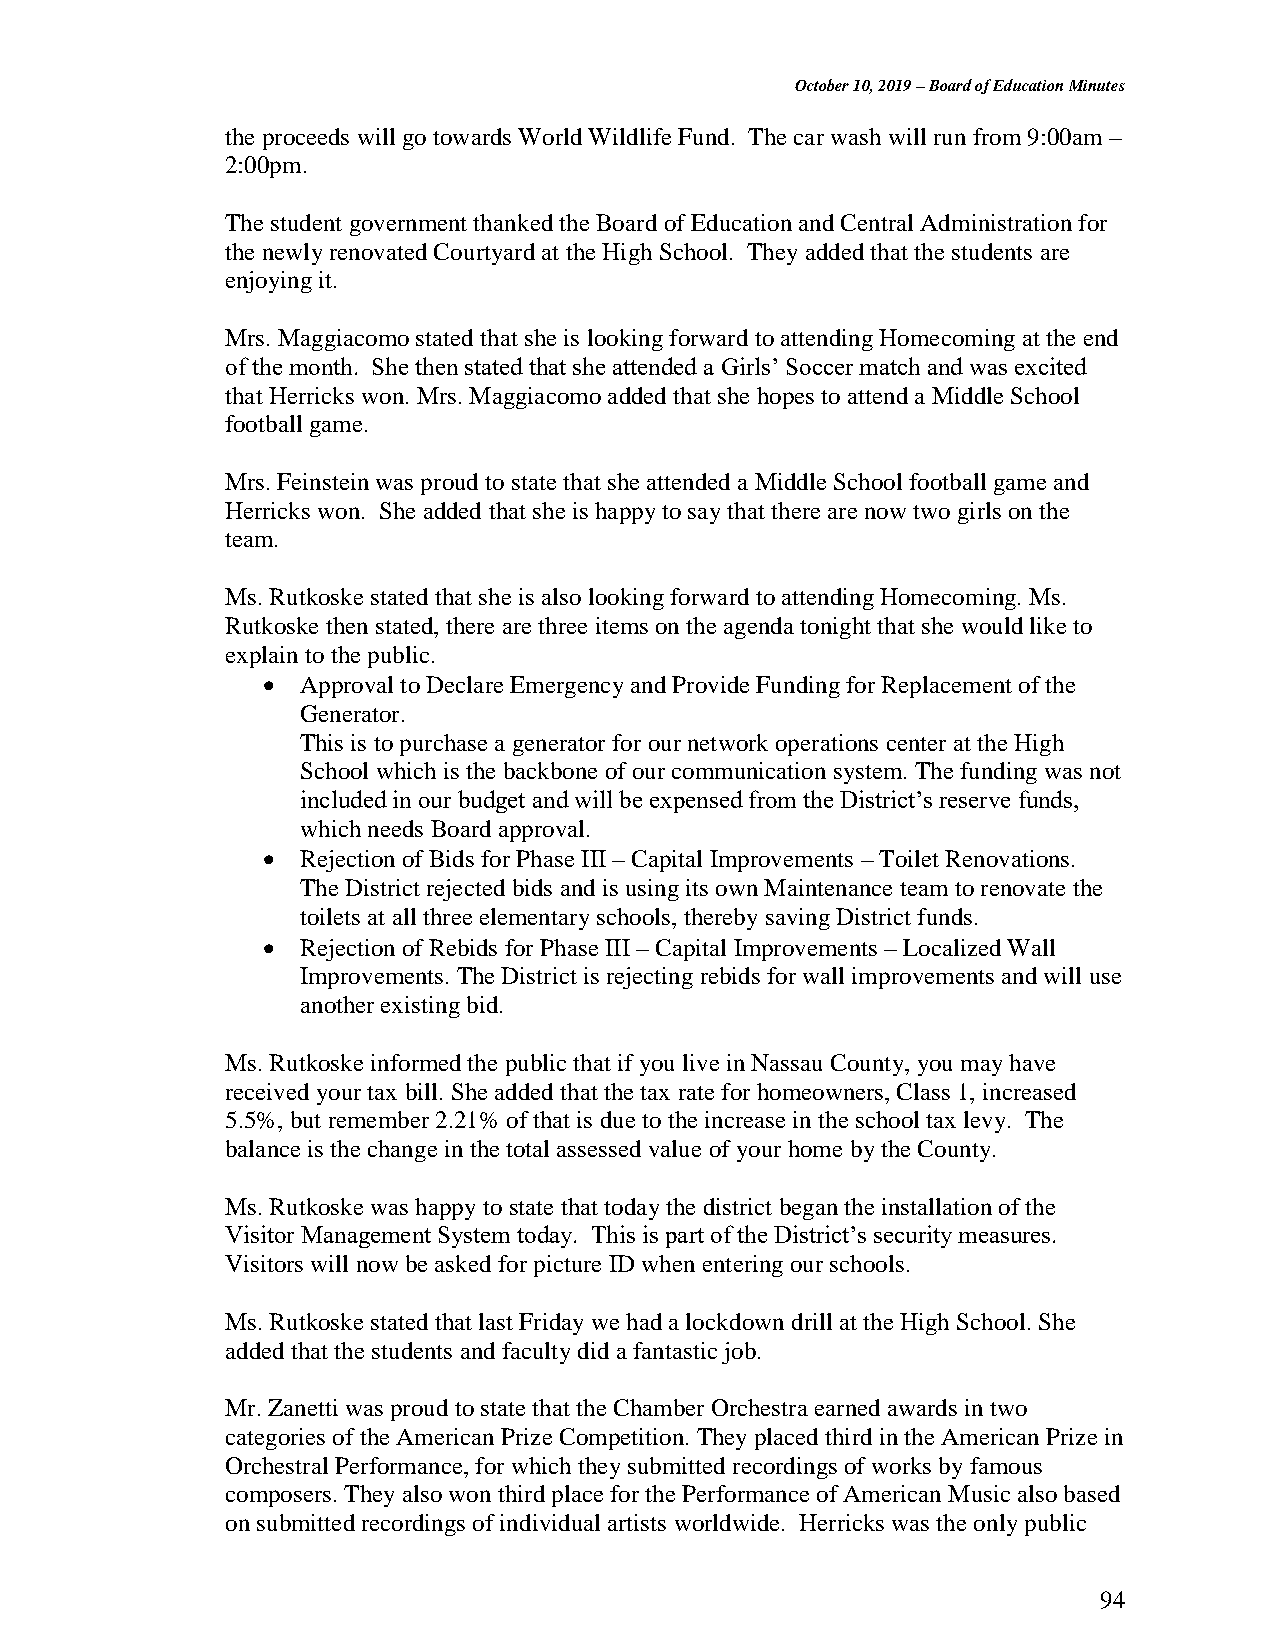
October 10, 2019 – Board of Education Minutes
 the proceeds will go towards World Wildlife Fund. The car wash will run from 9:00am –
 2:00pm.
 The student government thanked the Board of Education and Central Administration for
 the newly renovated Courtyard at the High School. They added that the students are
 enjoying it.
 Mrs. Maggiacomo stated that she is looking forward to attending Homecoming at the end
 of the month. She then stated that she attended a Girls’ Soccer match and was excited
 that Herricks won. Mrs. Maggiacomo added that she hopes to attend a Middle School
 football game.
 Mrs. Feinstein was proud to state that she attended a Middle School football game and
 Herricks won. She added that she is happy to say that there are now two girls on the
 team.
 Ms. Rutkoske stated that she is also looking forward to attending Homecoming. Ms.
 Rutkoske then stated, there are three items on the agenda tonight that she would like to
 explain to the public.
   Approval to Declare Emergency and Provide Funding for Replacement of the
 Generator.
 This is to purchase a generator for our network operations center at the High
 School which is the backbone of our communication system. The funding was not
 included in our budget and will be expensed from the District’s reserve funds,
 which needs Board approval.
   Rejection of Bids for Phase III – Capital Improvements – Toilet Renovations.
 The District rejected bids and is using its own Maintenance team to renovate the
 toilets at all three elementary schools, thereby saving District funds.
   Rejection of Rebids for Phase III – Capital Improvements – Localized Wall
 Improvements. The District is rejecting rebids for wall improvements and will use
 another existing bid.
 Ms. Rutkoske informed the public that if you live in Nassau County, you may have
 received your tax bill. She added that the tax rate for homeowners, Class 1, increased
 5.5%, but remember 2.21% of that is due to the increase in the school tax levy. The
 balance is the change in the total assessed value of your home by the County.
 Ms. Rutkoske was happy to state that today the district began the installation of the
 Visitor Management System today. This is part of the District’s security measures.
 Visitors will now be asked for picture ID when entering our schools.
 Ms. Rutkoske stated that last Friday we had a lockdown drill at the High School. She
 added that the students and faculty did a fantastic job.
 Mr. Zanetti was proud to state that the Chamber Orchestra earned awards in two
 categories of the American Prize Competition. They placed third in the American Prize in
 Orchestral Performance, for which they submitted recordings of works by famous
 composers. They also won third place for the Performance of American Music also based
 on submitted recordings of individual artists worldwide. Herricks was the only public
 94